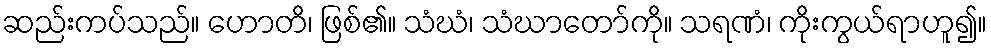
ဆည်းကပ်သည်။ ဟောတိ၊ ဖြစ်၏။ သံဃံ၊ သံဃာတော်ကို။ သရဏံ၊ ကိုးကွယ်ရာဟူ၍။